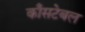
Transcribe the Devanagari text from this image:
काँसटेबल